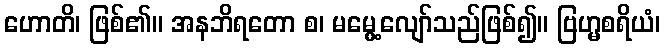
ဟောတိ၊ ဖြစ်၏။ အနဘိရတော စ၊ မမွေ့လျော်သည်ဖြစ်၍။ ဗြဟ္မစရိယံ၊